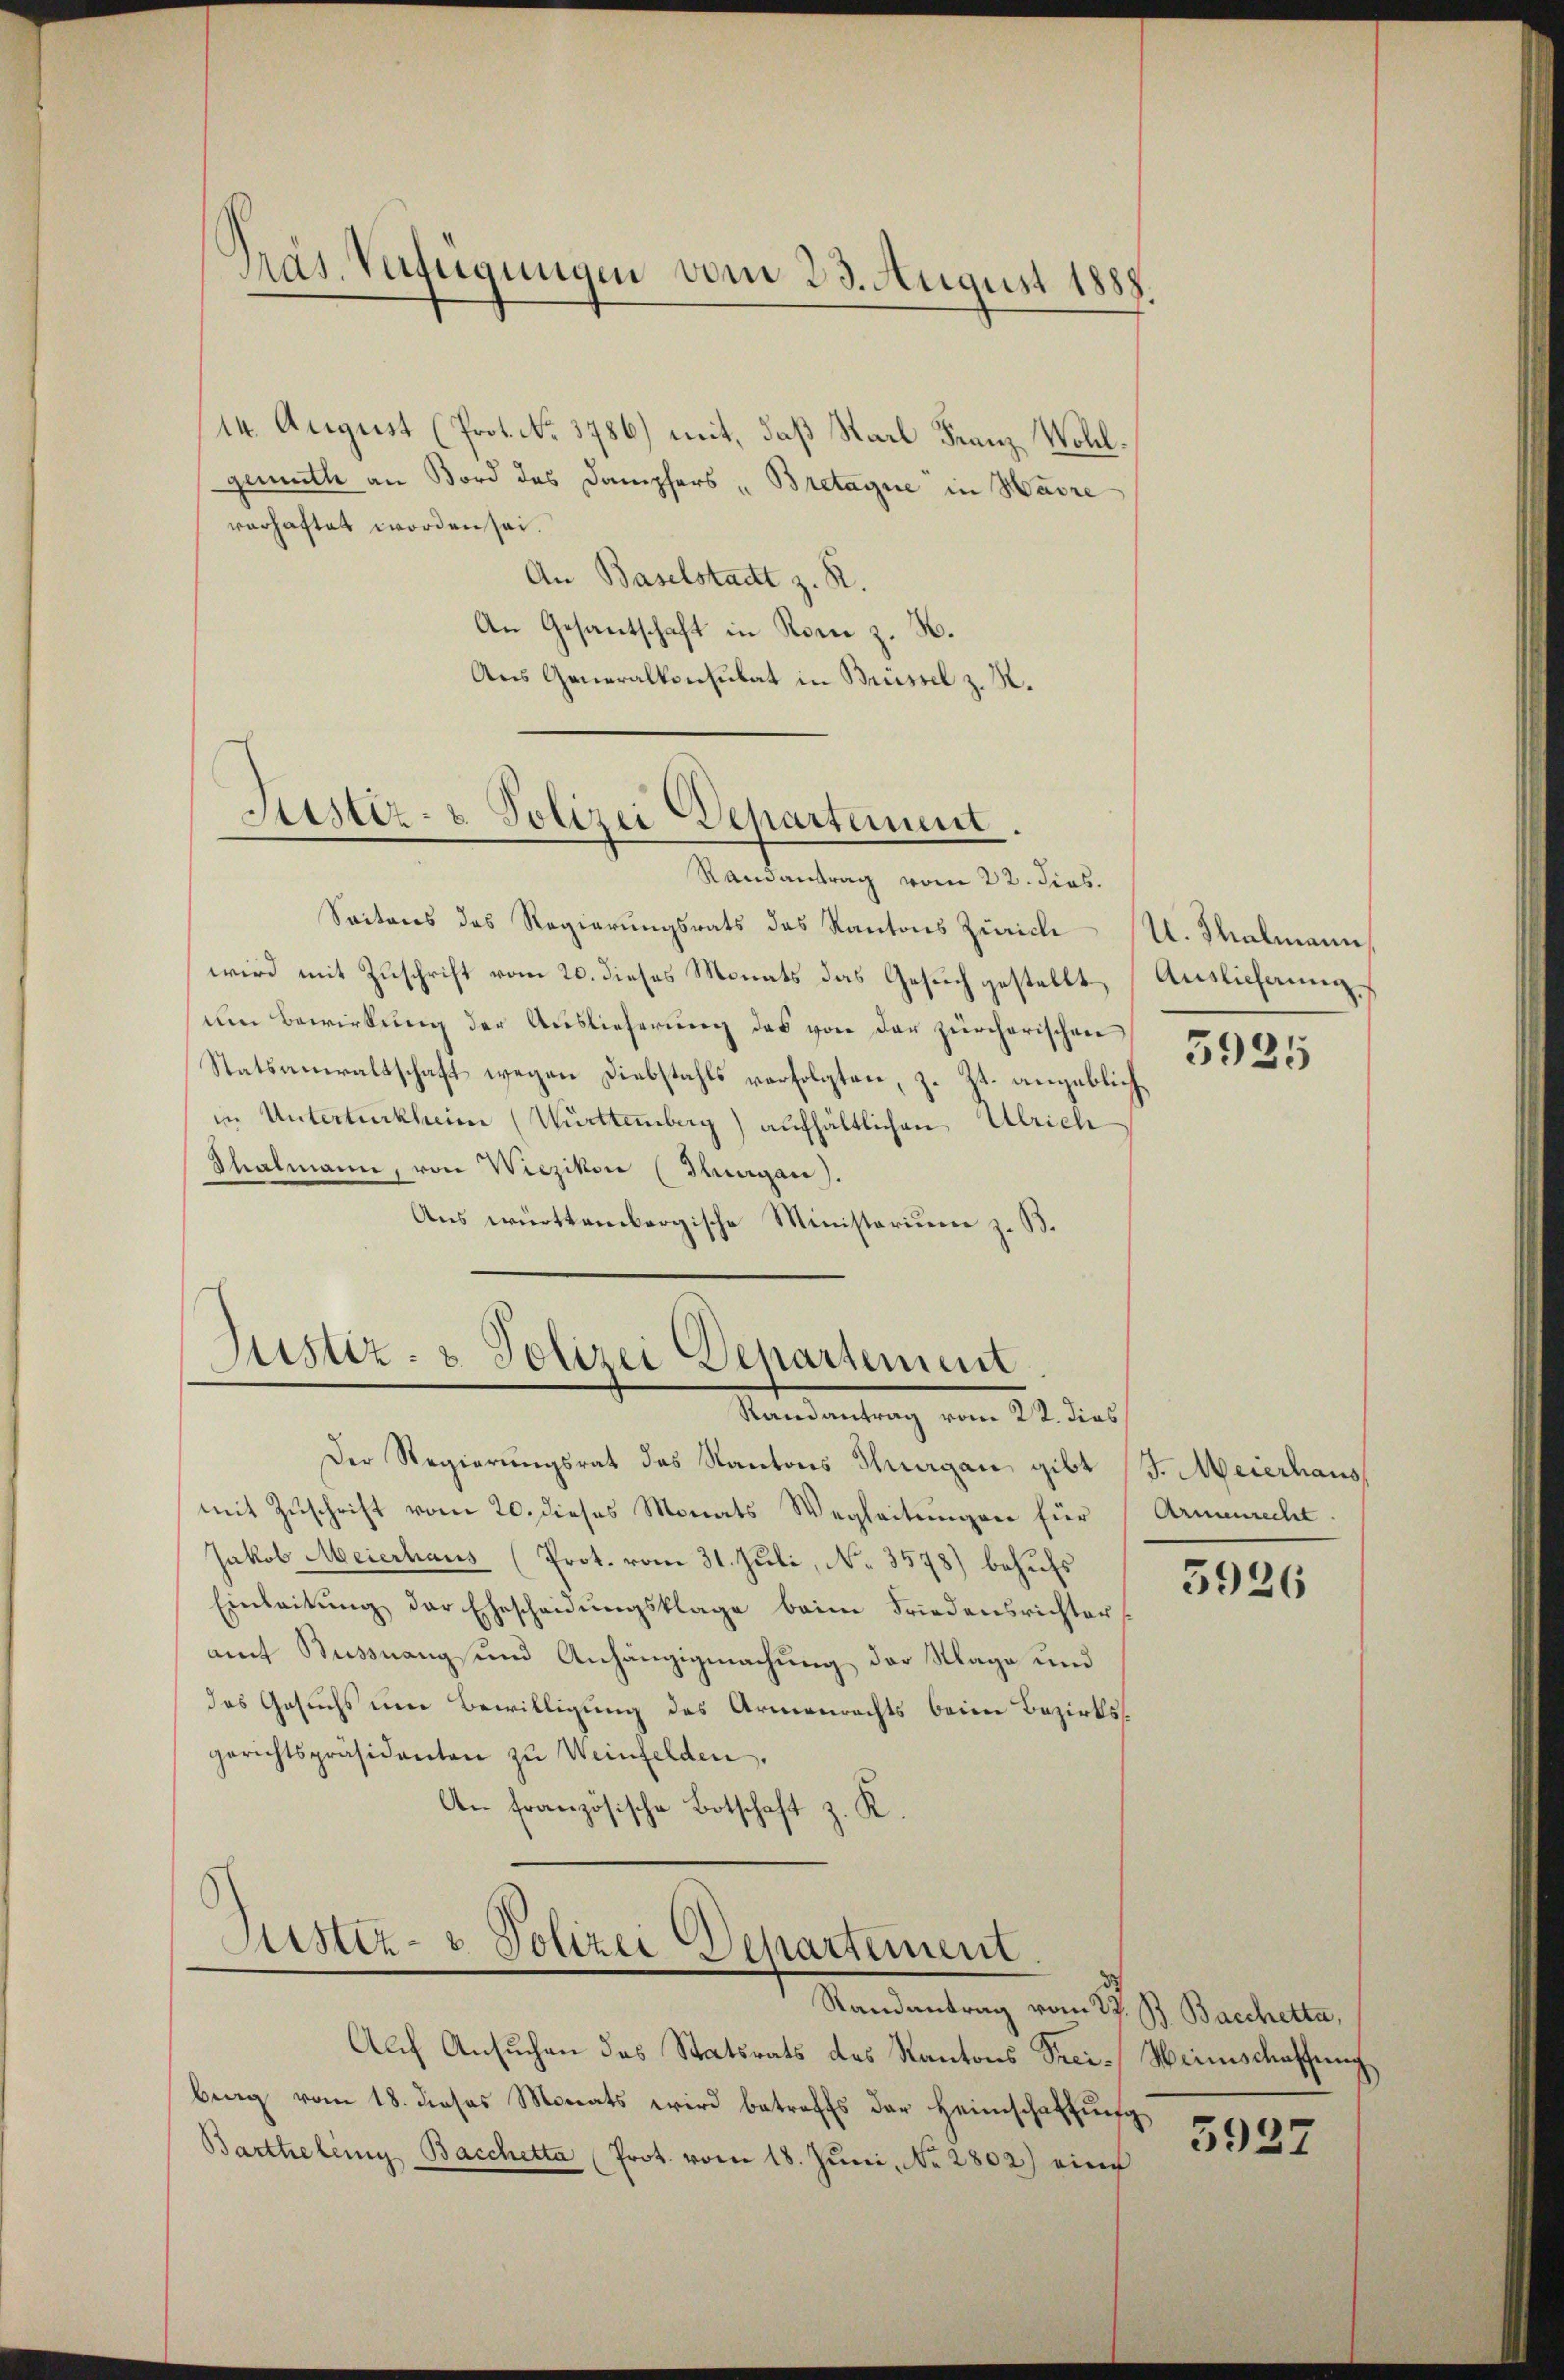
Präs. Verfügungen vom 23. August 1888.

14. August (Prot. No. 3786) mit, daß Stadt Franz Wohlgemuth an Bord des Dampfers "Bretagne in Havre
verhaftet worden sei.
An Baselstadt z. R.
An Gesantschaft in Rom z. H.
Aus Generalkonsulat in Brüssel z. R.

Sistiz- & Polizei Departement.
Randantrag vom 22. Jos.

Justiz- & Polizei Departement
Randantrag vom 22. dies

Justiz- & Polizei Departement

Seitens des Regierungsrats das Kantons Zürich
wird mit Zuschrift vom 20. dieses Monats das Gesuch gestellt, Auslichung
um Bewirkung der Auslieferung des von der zürcherischen
Statsanwaltschaft wegen Diebstahls verfolgten, z. Zt. angeblichin Unterturkheim (Württemberg) aufhältlichen Ulrich
Shalmann, von Wiezikon (Thurgau).
Aus württembergische Ministerium z. B.

Der Regierungsrat das Kantons Hergan gibt (J. Meierhaus,
mit Zuschrift vom 20. dieses Monats Wegleitungen für
Jakob Meierhaus (Prot. vom 31. Juli, No. 3578) behufs
Einleitŭng der Ehescheidŭngsklage beim Friedensrichter
amt Büssnang und Anhängigmachung der Maga und
das Gesuchs eine Bewilligung des Armenrechts beim Bezirksgerichtspräsidenten zu Weinfelden.
An Französische Botschaft z. K.

Auf Ansuchen das Statsrats des Kantons Seei- Weinschaffung,
brag vom 18. dieses Monats wird betreffs der Heimschaftung
Barthelenig Bacchetta (Prot. vom 18. Jŭni No 2802) eine

U. Thalmann
5925

Armenrecht.

5926

Randantrag vom 27. B. Bacchetta,

5927